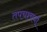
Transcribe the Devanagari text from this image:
तपचश्चर्या